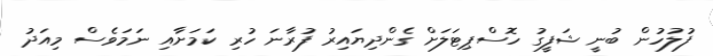
ފުލުހުން ބުނީ ޝަފީގު ހޮސްޕިޓަލަށް ގެންދިޔައިރު ފުރާނަ ހުރި ކަމަށާއި ނަމަވެސް މިއަދު